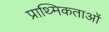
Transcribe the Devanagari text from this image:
प्राथ्मिकताओं